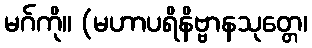
မဂ်ကို။ (မဟာပရိနိဗ္ဗာနသုတ္တေ၊